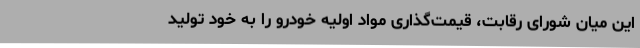
این میان شورای رقابت، قیمت‌گذاری مواد اولیه خودرو را به خود تولید